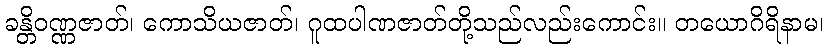
ခန္တိဝဏ္ဏဇာတ်၊ ကောသိယဇာတ်၊ ဂူထပါဏဇာတ်တို့သည်လည်းကောင်း။ တယောဂိရိနာမ၊